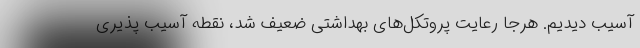
آسیب دیدیم. هرجا رعایت پروتکل‌های بهداشتی ضعیف شد، نقطه آسیب پذیری